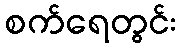
စက်ရေတွင်း